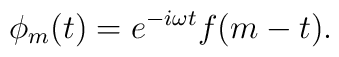
\phi_m(t) = e^{-i \omega t} f(m - t).